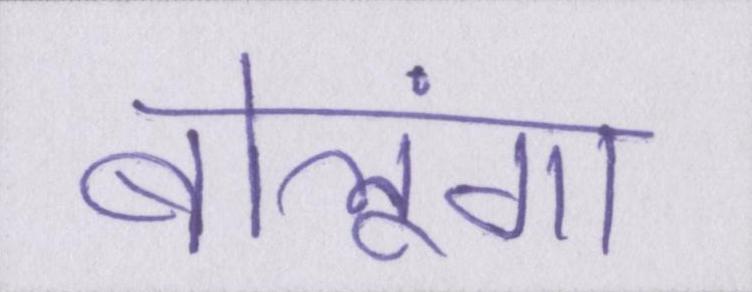
बोलूंगा